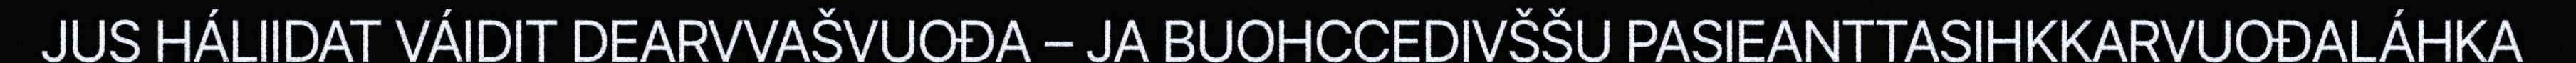
JUS HÁLIIDAT VÁIDIT DEARVVAŠVUOĐA – JA BUOHCCEDIVŠŠU PASIEANTTASIHKKARVUOĐALÁHKA